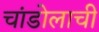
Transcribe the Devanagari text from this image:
चांडोलाची